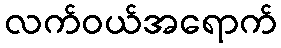
လက်ဝယ်အရောက်